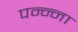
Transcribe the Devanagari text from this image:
पन्‍न्‍ना